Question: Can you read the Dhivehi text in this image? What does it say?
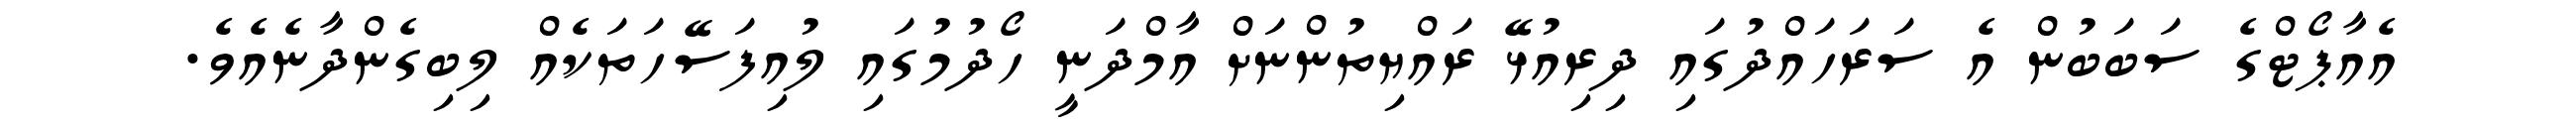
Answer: އެއާޕޯޓްގެ ސަބަބުން އެ ސަރަހައްދުގައި ދިރިއުޅޭ ރައްޔިތުންނަށް އާމްދަނީ ހޯދުމުގައި ލުއިފަސޭހަތަކެއް ލިބިގެންދާނެއެވެ.